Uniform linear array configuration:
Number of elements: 16
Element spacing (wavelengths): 0.25
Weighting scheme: hann
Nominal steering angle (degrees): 0
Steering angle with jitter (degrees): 0.3144
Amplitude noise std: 0.05
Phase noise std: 0.05

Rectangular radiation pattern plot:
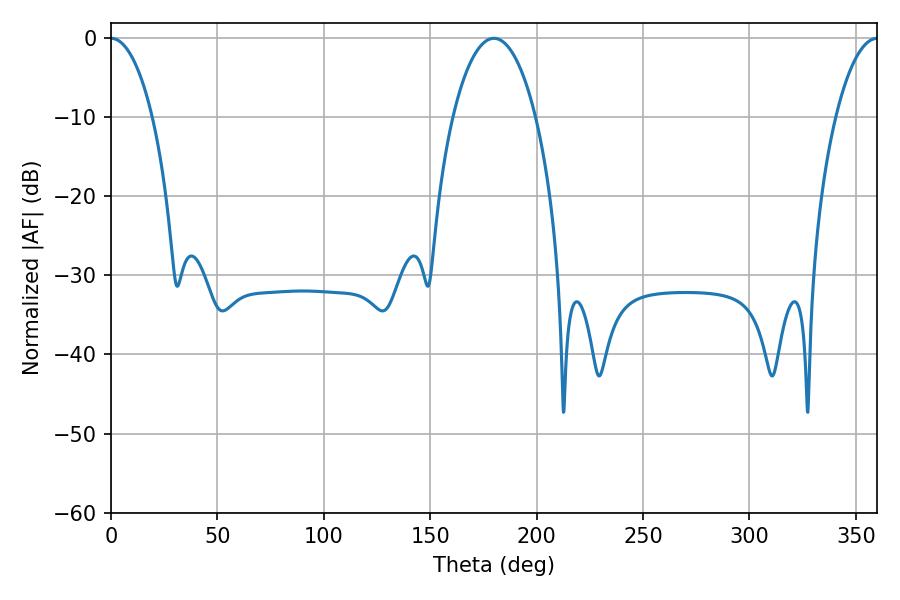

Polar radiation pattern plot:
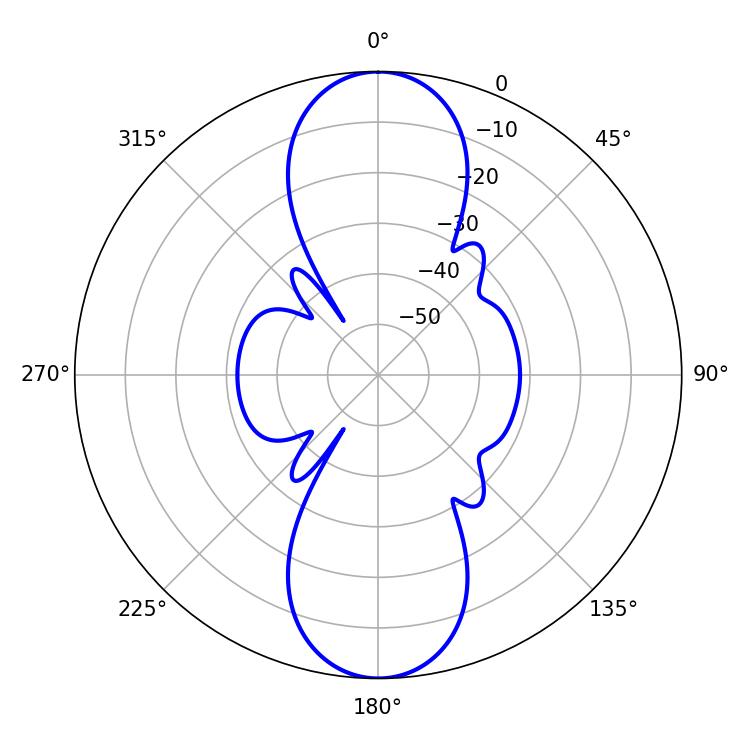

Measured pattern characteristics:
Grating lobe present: FALSE
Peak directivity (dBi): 37.242
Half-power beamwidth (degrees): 10.98
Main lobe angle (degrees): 0